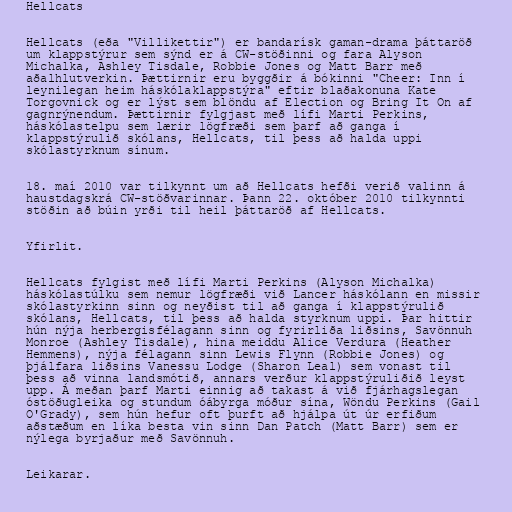
Hellcats

Hellcats (eða "Villikettir") er bandarísk gaman-drama þáttaröð
um klappstýrur sem sýnd er á CW-stöðinni og fara Alyson
Michalka, Ashley Tisdale, Robbie Jones og Matt Barr með
aðalhlutverkin. Þættirnir eru byggðir á bókinni "Cheer: Inn í
leynilegan heim háskólaklappstýra" eftir blaðakonuna Kate
Torgovnick og er lýst sem blöndu af Election og Bring It On af
gagnrýnendum. Þættirnir fylgjast með lífi Marti Perkins,
háskólastelpu sem lærir lögfræði sem þarf að ganga í
klappstýrulið skólans, Hellcats, til þess að halda uppi
skólastyrknum sínum.

18. maí 2010 var tilkynnt um að Hellcats hefði verið valinn á
haustdagskrá CW-stöðvarinnar. Þann 22. október 2010 tilkynnti
stöðin að búin yrði til heil þáttaröð af Hellcats.

Yfirlit.

Hellcats fylgist með lífi Marti Perkins (Alyson Michalka)
háskólastúlku sem nemur lögfræði við Lancer háskólann en missir
skólastyrkinn sinn og neyðist til að ganga í klappstýrulið
skólans, Hellcats, til þess að halda styrknum uppi. Þar hittir
hún nýja herbergisfélagann sinn og fyrirliða liðsins, Savönnuh
Monroe (Ashley Tisdale), hina meiddu Alice Verdura (Heather
Hemmens), nýja félagann sinn Lewis Flynn (Robbie Jones) og
þjálfara liðsins Vanessu Lodge (Sharon Leal) sem vonast til
þess að vinna landsmótið, annars verður klappstýruliðið leyst
upp. Á meðan þarf Marti einnig að takast á við fjárhagslegan
óstöðugleika og stundum óábyrga móður sína, Wöndu Perkins (Gail
O'Grady), sem hún hefur oft þurft að hjálpa út úr erfiðum
aðstæðum en líka besta vin sinn Dan Patch (Matt Barr) sem er
nýlega byrjaður með Savönnuh.

Leikarar.